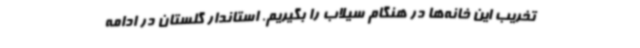
تخریب این خانه‌ها در هنگام سیلاب را بگیریم. استاندار گلستان در ادامه